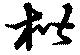
楷